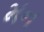
મન